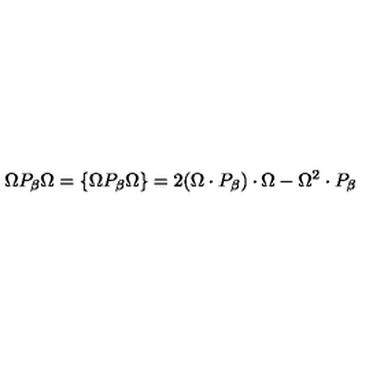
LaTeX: \Omega P _ { \beta } \Omega = \{ \Omega P _ { \beta } \Omega \} = 2 ( \Omega \cdot P _ { \beta } ) \cdot \Omega - \Omega ^ { 2 } \cdot P _ { \beta }